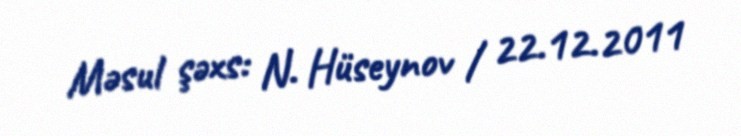
Məsul şəxs: N. Hüseynov / 22.12.2011